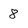
Character: 8